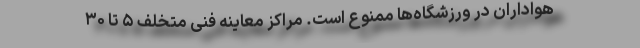
هواداران در ورزشگاه‌ها ممنوع است. مراکز معاینه فنی متخلف ۵ تا ۳۰